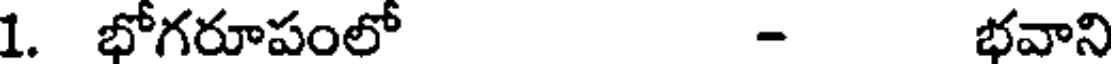
1. భోగరూపంలో - భవాని